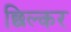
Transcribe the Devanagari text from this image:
छिल्कर